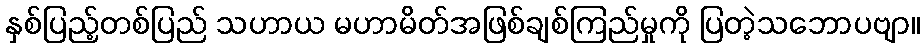
နှစ်ပြည့်တစ်ပြည် သဟာယ မဟာမိတ်အဖြစ်ချစ်ကြည်မှုကို ပြတဲ့သဘောပဗျာ။